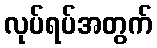
လုပ်ရပ်အတွက်